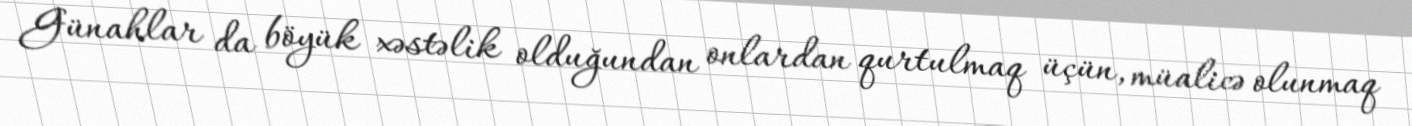
Günahlar da böyük xəstəlik olduğundan onlardan qurtulmaq üçün, müalicə olunmaq